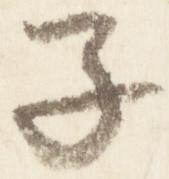
子